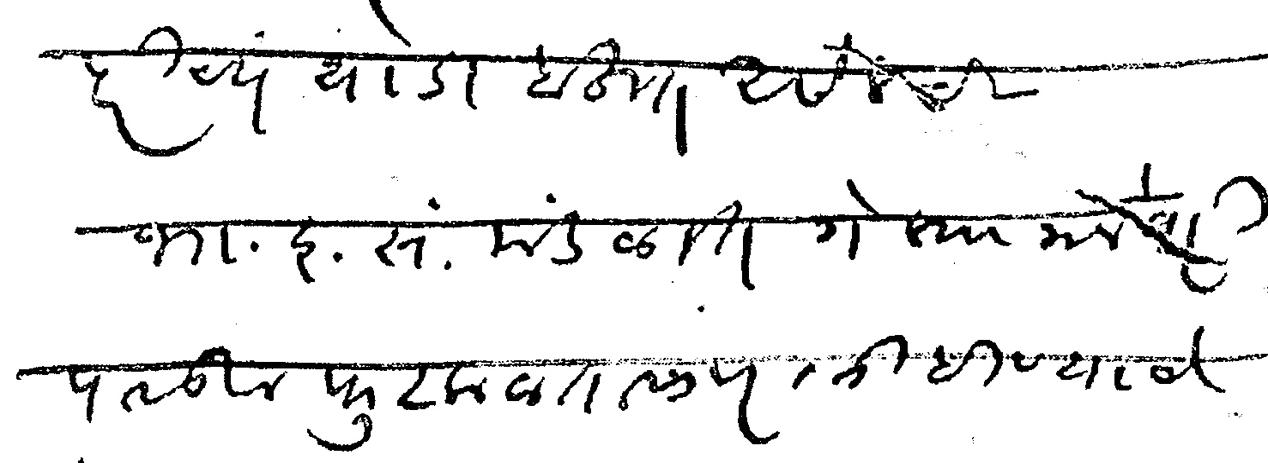
Transliteration (Devanagari): पूर्वपरिचय थोडा बहुत असेलच भा इ सं मंडळात गेल्या जानेवारी पासून फुटकळ तासांवर लिहिण्याचे